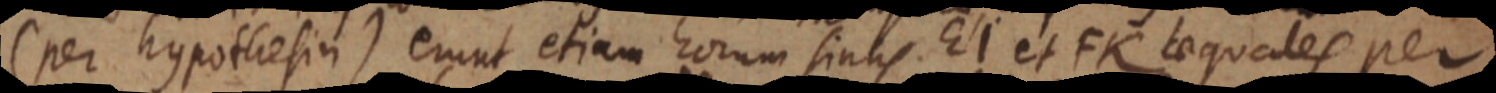
(per hypothesin) erunt etiam horum sinus EI et FK aequales per